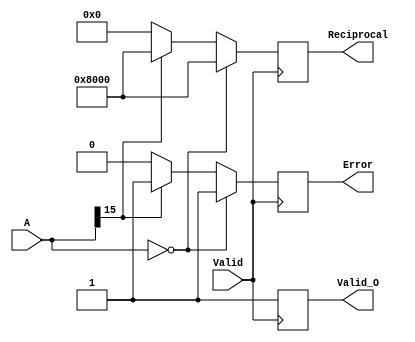
module BitwiseReciprocal #(
    parameter N = 16, // Width of the input and output
    parameter MAX_REPRESENTABLE = {1'b1, {N-1{1'b0}}} // Maximum representable value
)(
    input wire [N-1:0] A, // Input number
    input wire Valid, // Input valid signal
    output reg [N-1:0] Reciprocal, // Output reciprocal
    output reg Valid_O, // Output valid signal
    output reg Error // Error signal
);

    reg [N-1:0] guess; // Initial guess for the reciprocal
    reg [N-1:0] temp; // Temporary variable for calculations
    integer i; // Loop counter

    always @(posedge Valid) begin
        // Initial checks
        if (A == 0) begin
            Error <= 1'b1; // Division by zero error
            Reciprocal <= MAX_REPRESENTABLE; // Set to maximum representable value
            Valid_O <= 1'b1; // Indicate output is valid
        end else if (A[N-1] == 1'b1) begin
            Error <= 1'b1; // Negative value error (assuming unsigned input)
            Reciprocal <= MAX_REPRESENTABLE; // Set to maximum representable value
            Valid_O <= 1'b1; // Indicate output is valid
        end else begin
            Error <= 1'b0; // No error
            // Initial guess (1/A) can be approximated as a fixed-point value
            guess <= {1'b1, {N-1{1'b0}}} / A; // Initial guess (1/A)
            Valid_O <= 1'b0; // Reset valid output

            // Iterative refinement using Newton-Raphson method
            for (i = 0; i < 8; i = i + 1) begin // 8 iterations for refinement
                temp = guess * (2**N - A * guess); // Update guess
                guess = temp >> N; // Right shift to adjust
            end

            Reciprocal <= guess; // Assign final guess to reciprocal
            Valid_O <= 1'b1; // Set output valid
        end
    end

endmodule